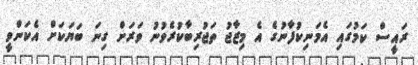
ރައީސް ކަމުގައި އެމަނިކުފާނުގެ އެ މިޒާޖު ތަޖުރިބާކުރެވުނު ވަރަށް ގިނަ ބަޔަކަށް އެކަންވީ